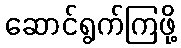
ဆောင်ရွက်ကြဖို့